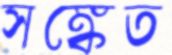
সঙ্কেত